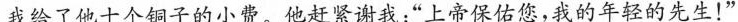
我给了他十个铜子的小费。他赶紧谢我：”上帝保佑您，我的年轻的先生！”